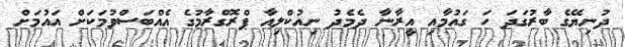
ދުނިޔޭގެ ބާރުގަދަ ހަ ގައުމާއި އީރާނާ ދެމެދު ނިއުކްލިއާ ޕްރޮގްރާމުގެ އެއްބަސްވުމަކަށް އައުމަށް